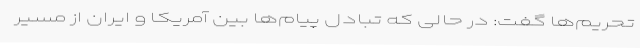
تحریم‌ها گفت: در حالی که تبادل پیام‌ها بین آمریکا و ایران از مسیر